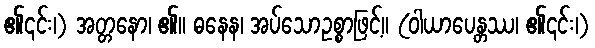
၏၎င်း၊) အတ္တနော၊ ၏။ ဓနေန၊ အပ်သောဥစ္စာဖြင့်။ (ဝါယာပေန္တဿ၊ ၏၎င်း၊)